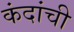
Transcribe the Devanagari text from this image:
कंदांची